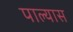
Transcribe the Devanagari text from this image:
पाल्यास